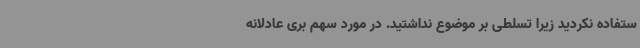
ستفاده نکردید زیرا تسلطی بر موضوع نداشتید. در مورد سهم بری عادلانه